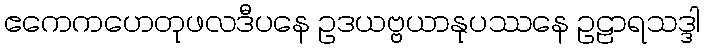
ဧကေကဟေတုဖလဒီပနေ ဥဒယဗ္ဗယာနုပဿနေ ဥဠာရသဒ္ဒါ